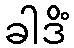
ခါဒိံ